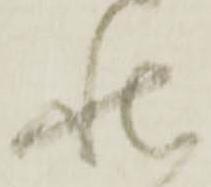
状